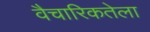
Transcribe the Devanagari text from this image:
वैचारिकतेला